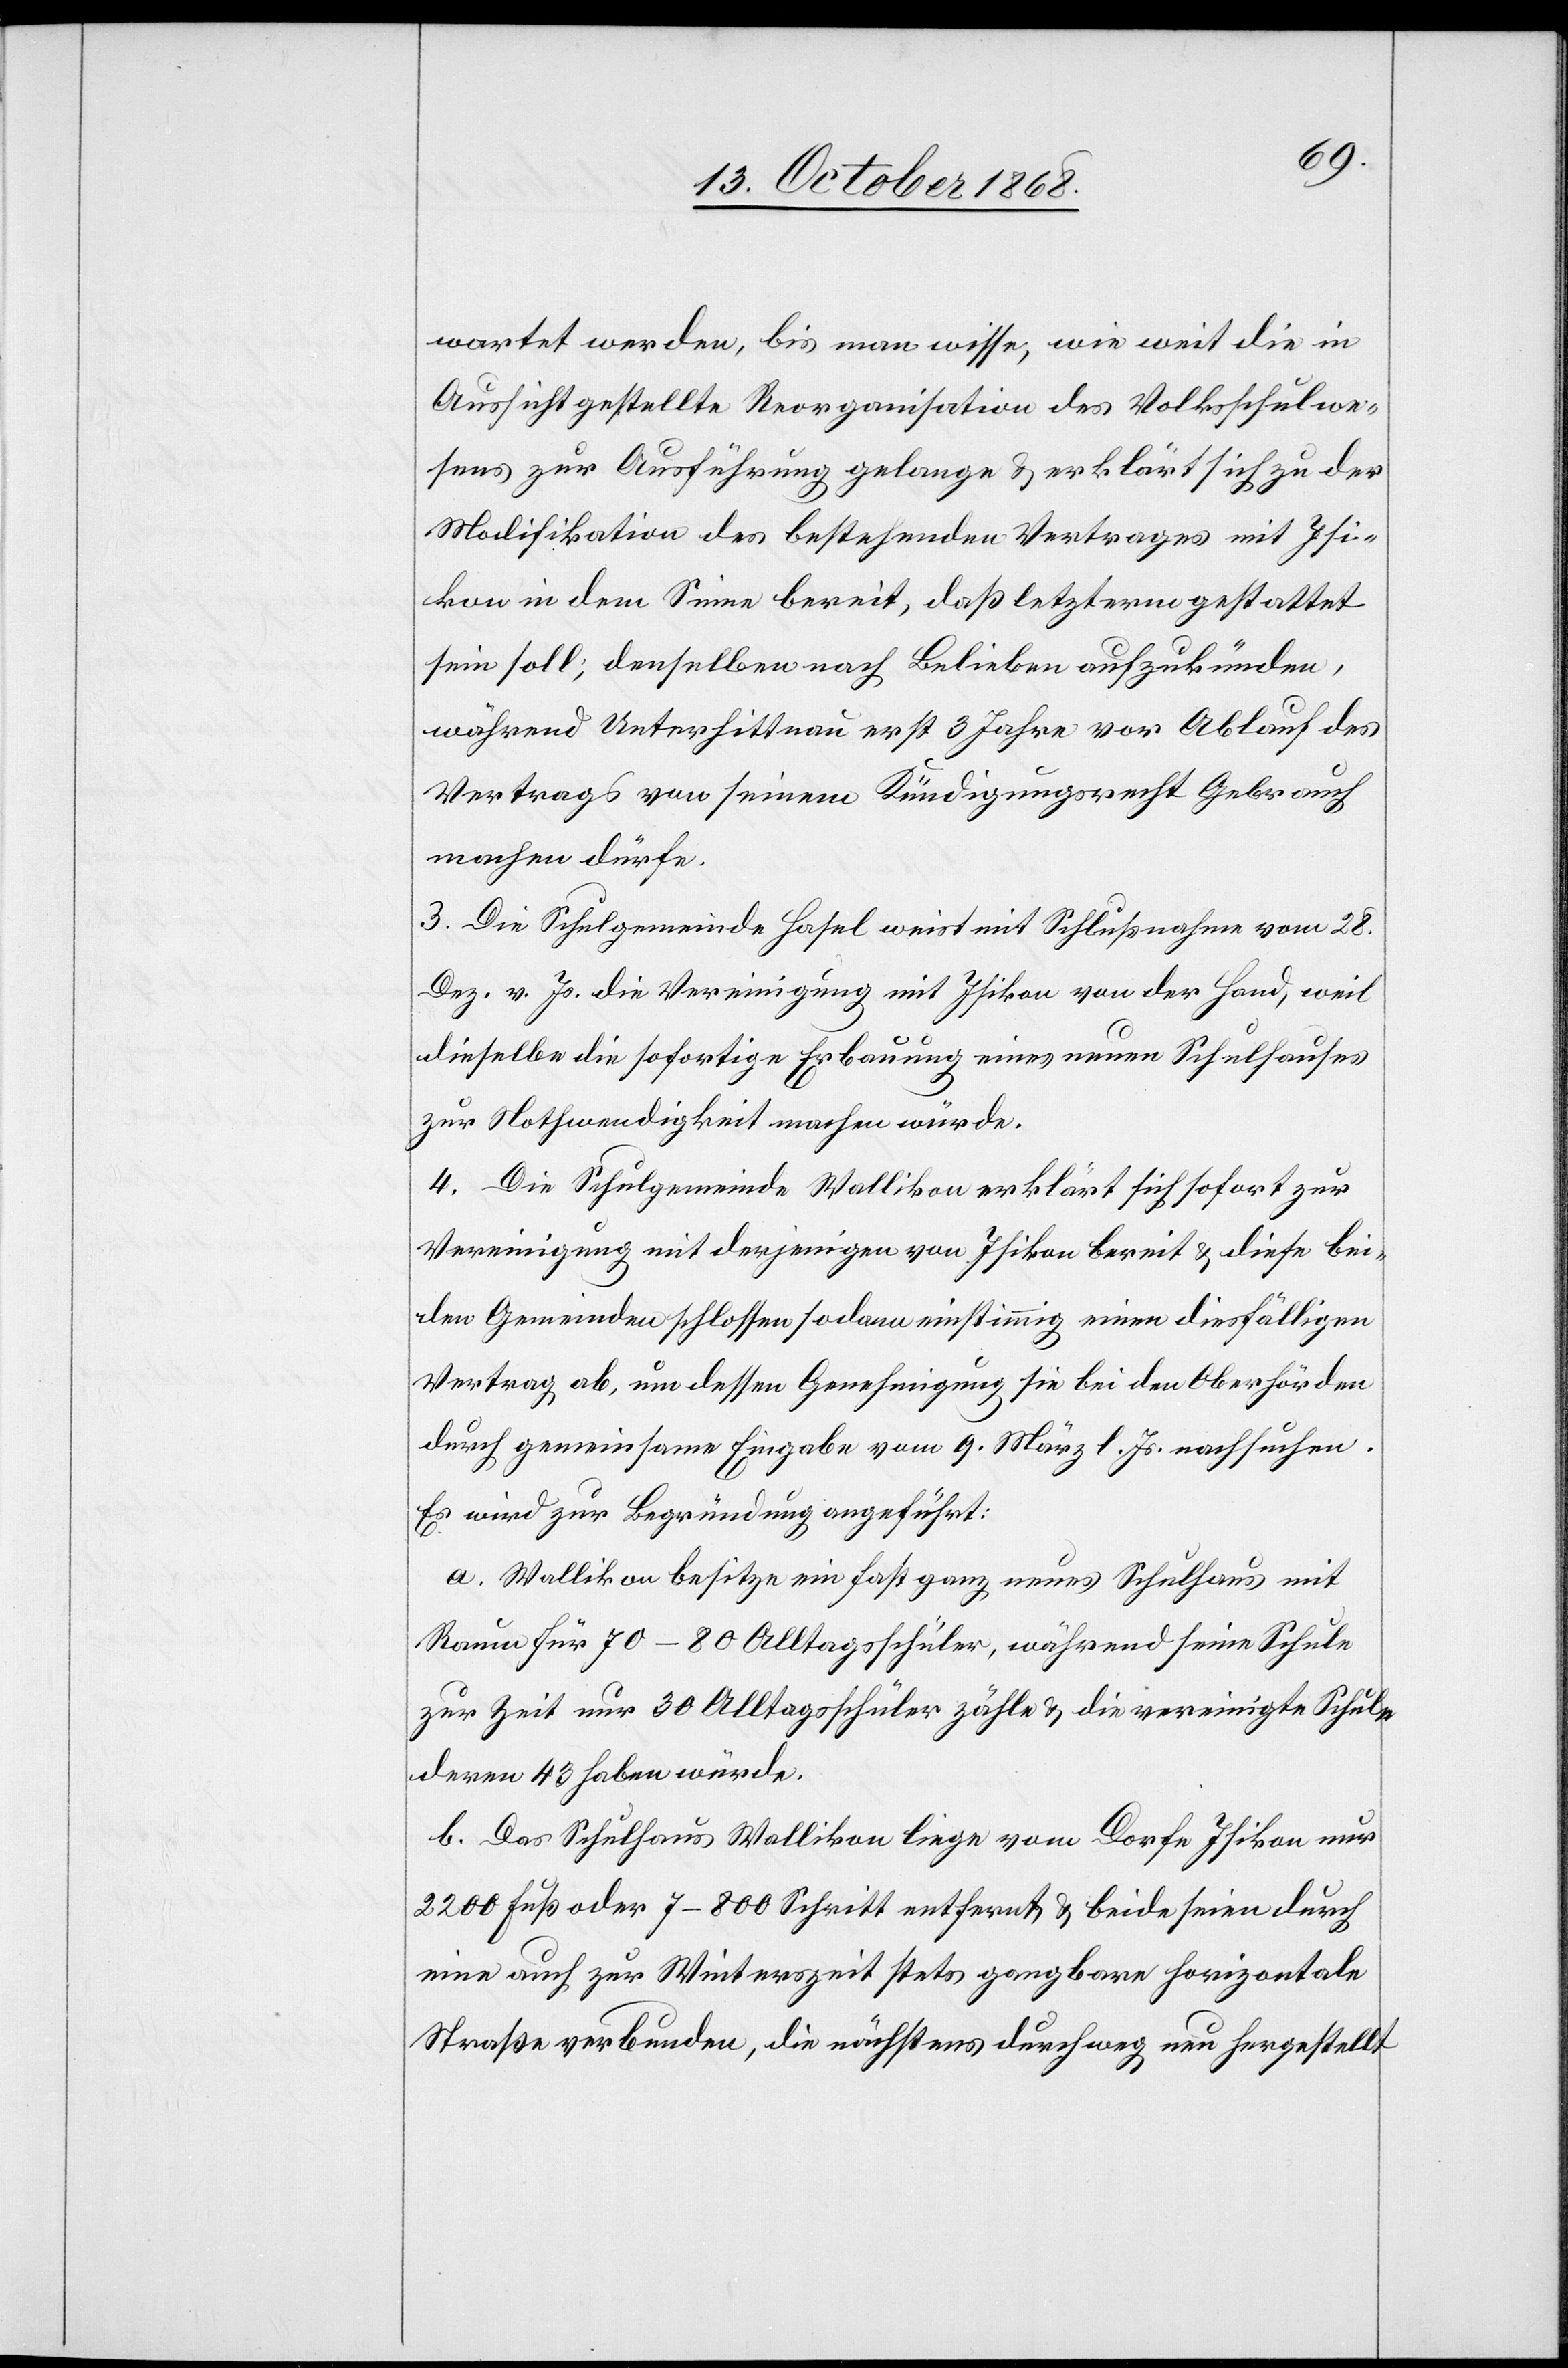
wartet werden, bis man wisse, wie weit die in
Aussicht gestellte Reorganisation des Volksschulwe¬
sens zur Ausführung gelange & erklärt sich zu der
Modifikation des bestehenden Vertrags mit Isi¬
kon in dem Sinne bereit, daß letzterm gestattet
sein soll, denselben nach Belieben aufzukünden,
während Unterhittnau erst 3 Jahre vor Ablauf des
Vertrags von seinem Kündigungsrecht Gebrauch
machen dürfe.
3. Die Schulgemeinde Hasel weist mit Schlußnahme vom 28.
Dez. v. Js. die Vereinigung mit Isikon von der Hand, weil
dieselbe die sofortige Erbauung eines neuen Schulhauses
zur Nothwendigkeit machen würde.
4. Die Schulgemeinde Wallikon erklärt sich sofort zur
Vereinigung mit derjenigen von Isikon bereit & diese bei¬
den Gemeinden schlossen sodann einstimmig einen diesfälligen
Vertrag ab, um dessen Genehmigung sie bei den Oberbehörden
durch gemeinsame Eingabe vom 9. März l. Js. nachsuchen.
Es wird zur Begründung angeführt:
a. Wallikon besitze ein fast ganz neues Schulhaus mit
Raum für 70–80 Alltagsschüler, während seine Schule
zur Zeit nur 30 Alltagsschüler zähle & die vereinigte Schule
deren 43 haben würde.
b. Das Schulhaus Wallikon liege vom Dorfe Isikon nur
2200 Fuß oder 7–800 Schritt entfernt & beide seien durch
eine auch zur Winterszeit stets gangbare horizontale
Straße verbunden, die nächstens durchweg neu hergestellt